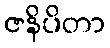
ဇနိပိတာ